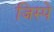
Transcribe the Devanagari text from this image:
जिस्पे